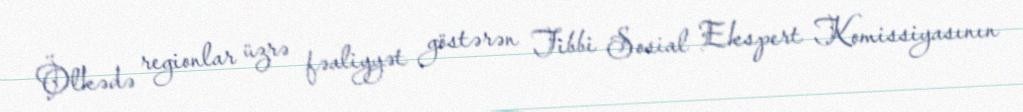
Ölkədə regionlar üzrə fəaliyyət göstərən Tibbi Sosial Ekspert Komissiyasının